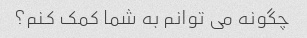
چگونه می توانم به شما کمک کنم؟